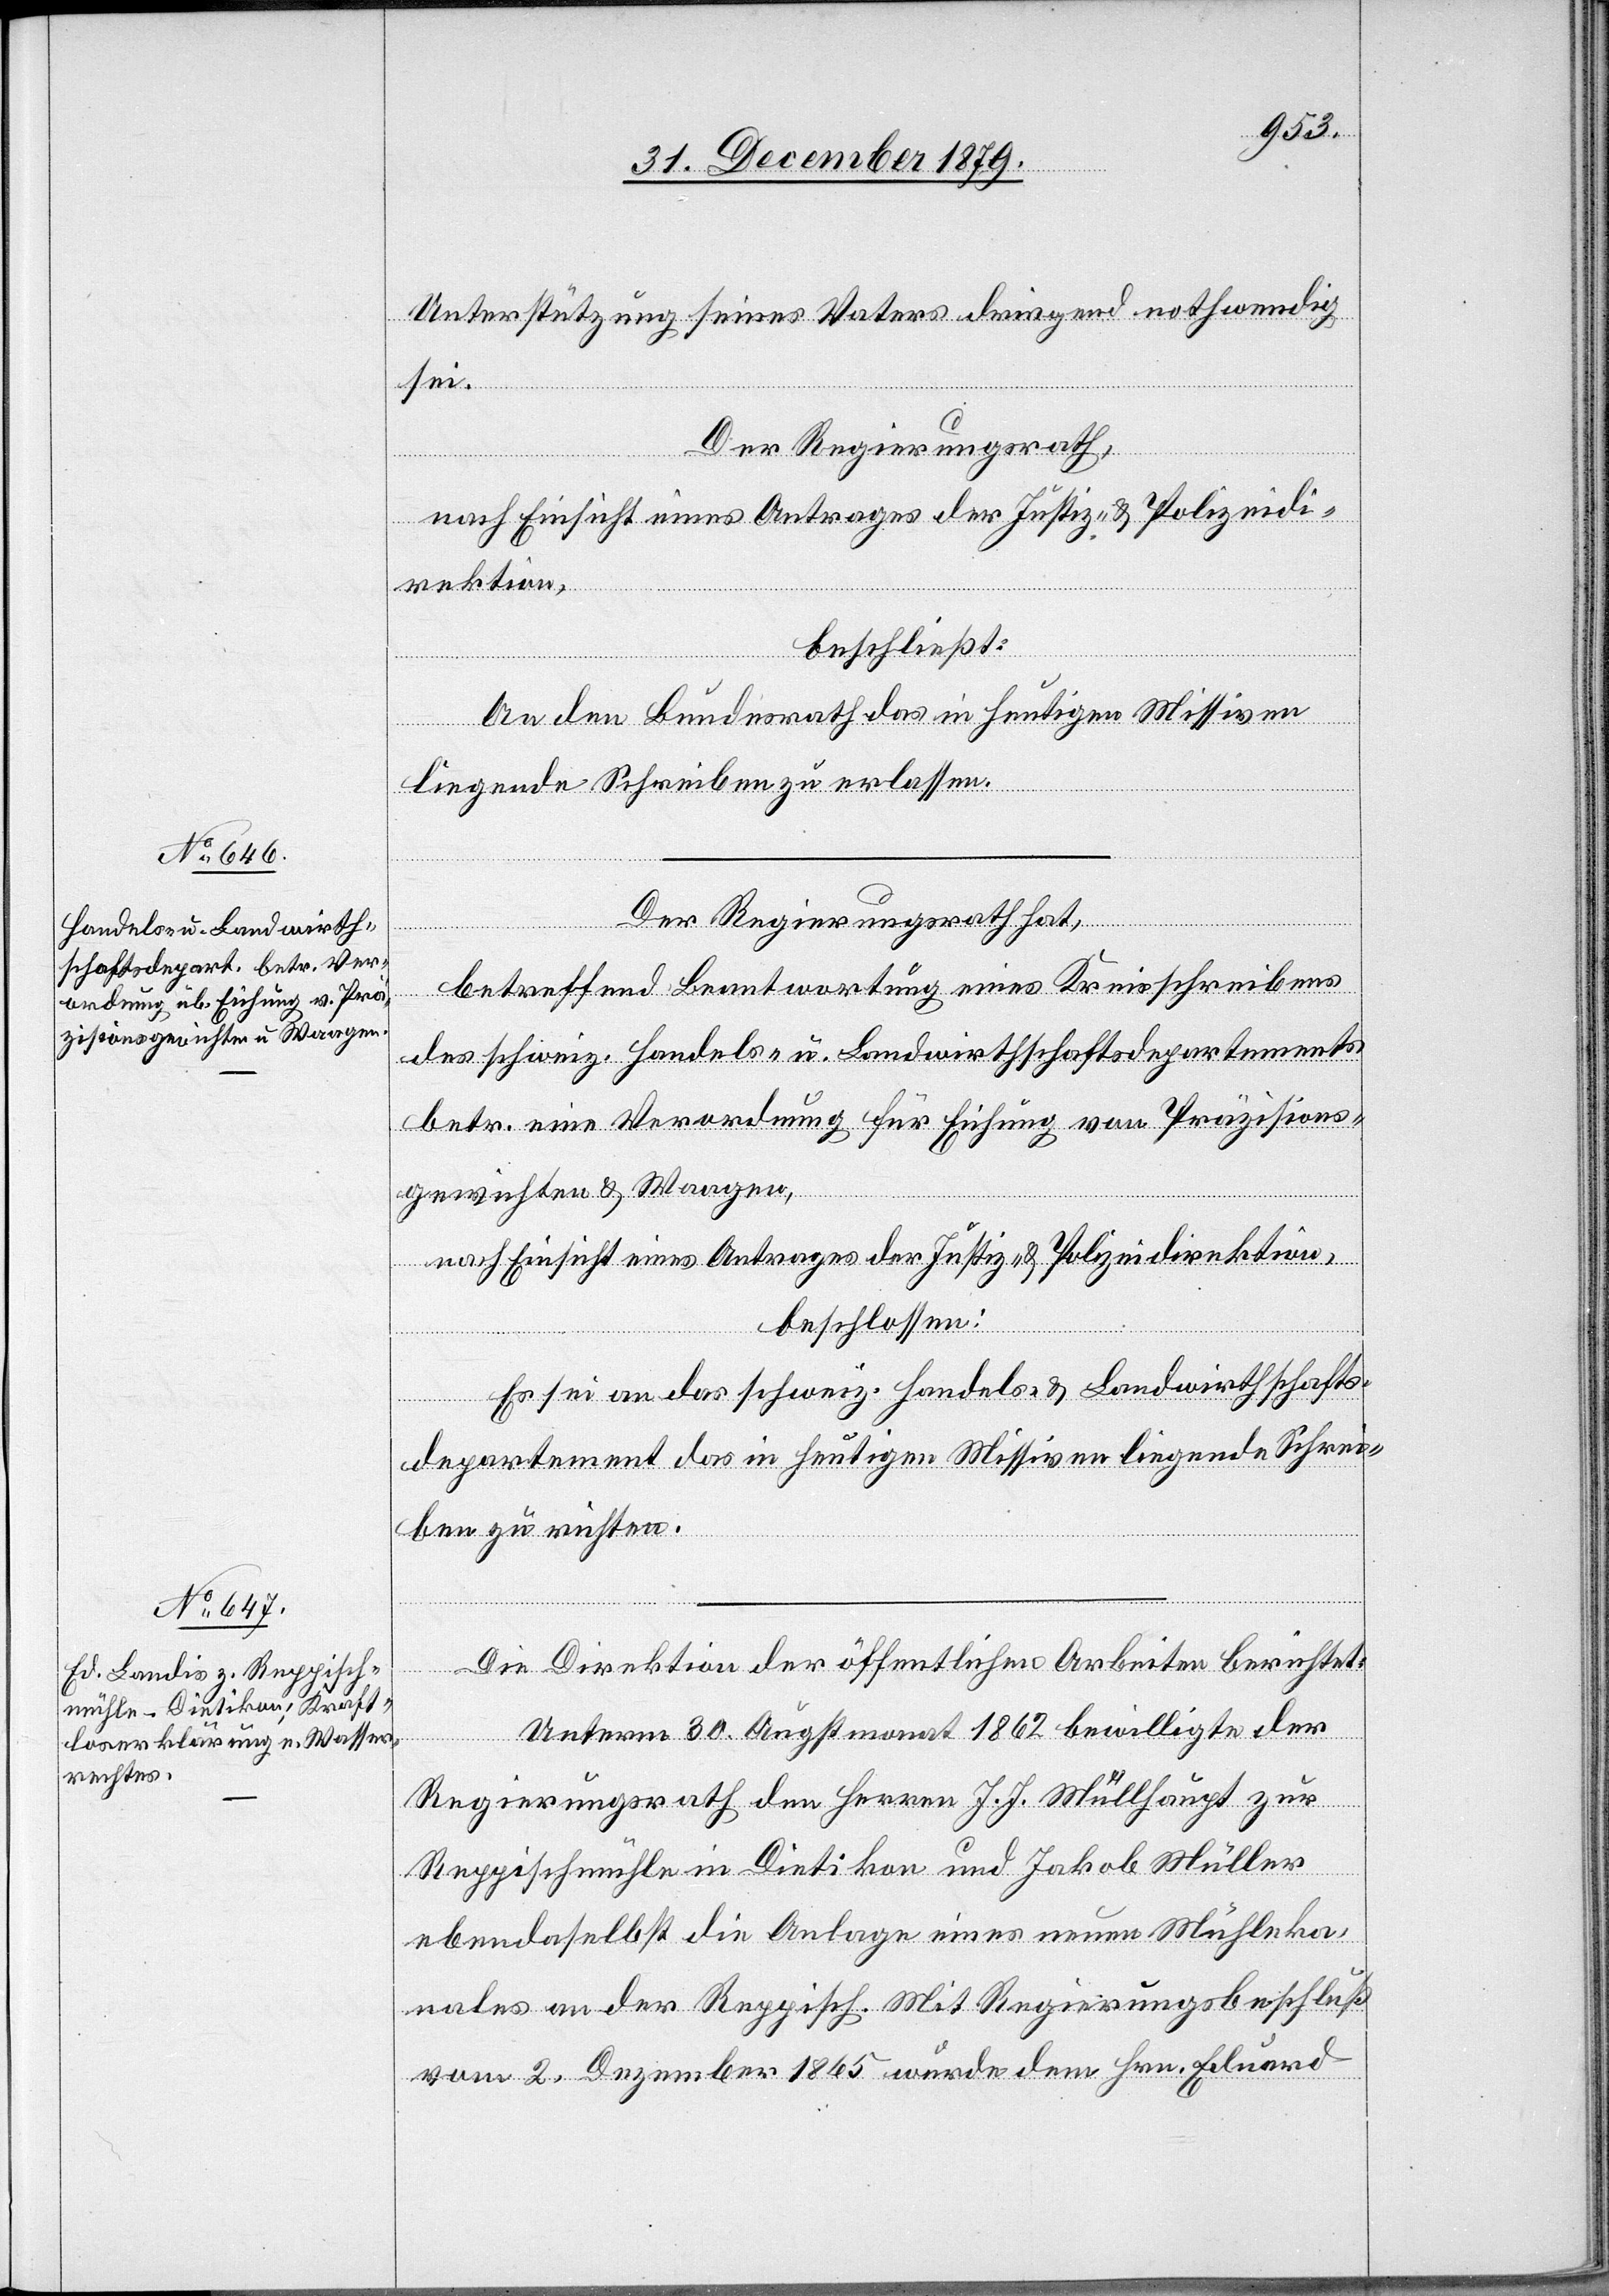
Unterstützung seines Vaters dringend nothwendig
sei.
der
Der Regierungsrath,
nach Einsicht eines Antrages der Justiz- & Polizeidi¬
rektion
beschließt:
An den Bundesrath das in heutigen Missiven
liegende Schreiben zu erlassen.
Der Regierungsrath hat,
betreffend Beantwortung eines Kreisschreiben
des schweiz. Handels- u. Landwirthschaftsdepartements
betr. eine Verordnung für Eichung von Präzisions¬
gewichten und Waagen,
nach Einsicht eines Antrages der Justiz- & Polizeidirektion,
beschlossen
Es sei an das schweiz. Handels- & Landwirthschafts¬
departement das in heutigen Missiven liegende Schrei¬
ben zu richten.
Unterm 30. Augstmonat 1862 bewilligte der
berichtet:
Regierungsrath den Herren J. J. Müllhaupt zur
Reppismühle in Dietikon und Jakob Müller
ebendaselbst die Anlage eines neuen Mühleka¬
nals an der Reppisch. Mit Regierungsbeschluß
vom 2. Dezember 1865 wurde dem Hrn. Eduard